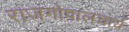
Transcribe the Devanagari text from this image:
राजगोपालचार्य